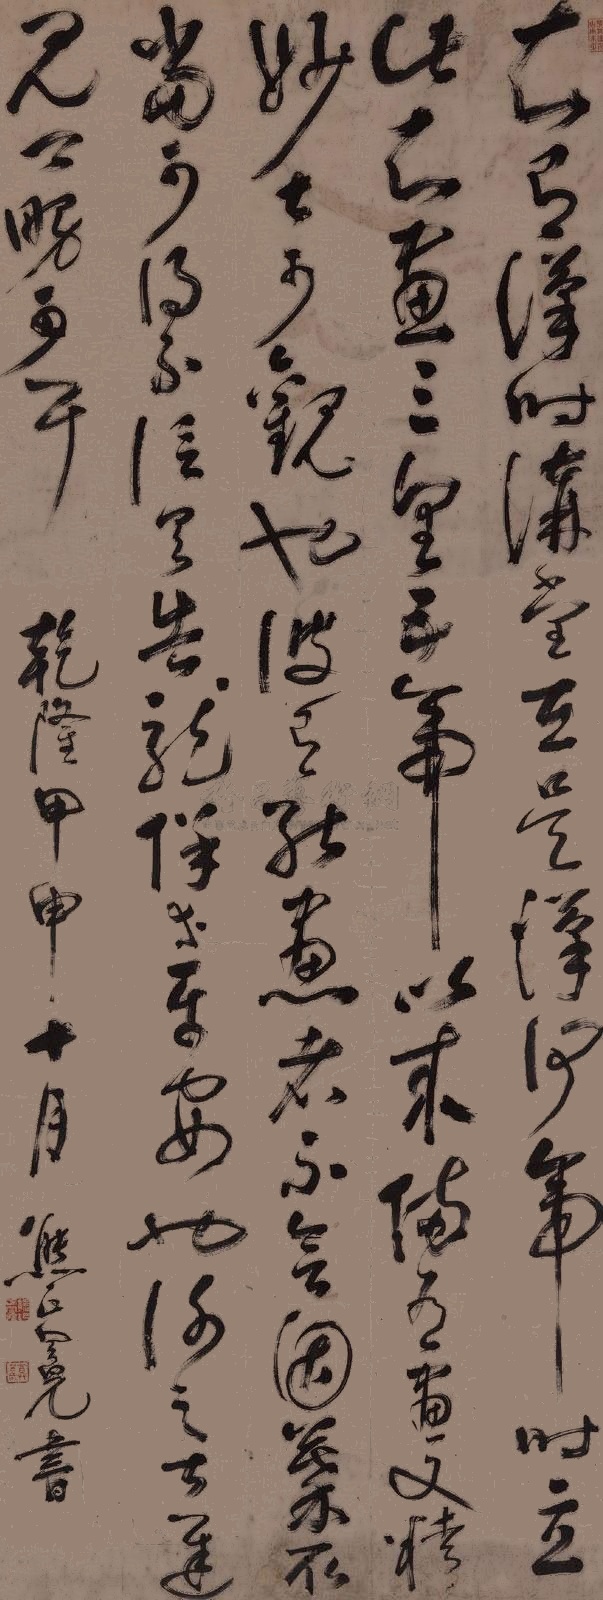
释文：知有汉时讲堂在，是汉何帝时立此，知画三皇、五帝以来备有，画又精妙，甚可观也。彼有能画者，不会因摹取，当可得不，信具告。龙保等平安也，谢之甚迟，见卿舅可耳。乾隆甲申(1764年)十月，熊正冕书。